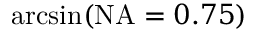
\arcsin ( \mathrm { N A } = 0 . 7 5 )